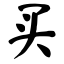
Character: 买